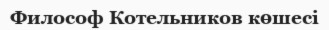
Философ Котельников көшесі